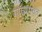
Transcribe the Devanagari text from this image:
गाजरगवत